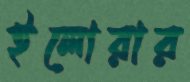
ইলোরার